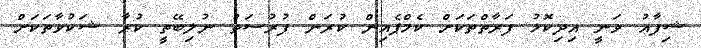
ޝިފާއު ވަނީ އިދިކޮޅު ފަރާތްތަކަށް ކެމްޕެއިން ކުރަން ފުުރުސަތު ނުލިބޭތީ ކުރާ ޝަކުވާތަކަށް